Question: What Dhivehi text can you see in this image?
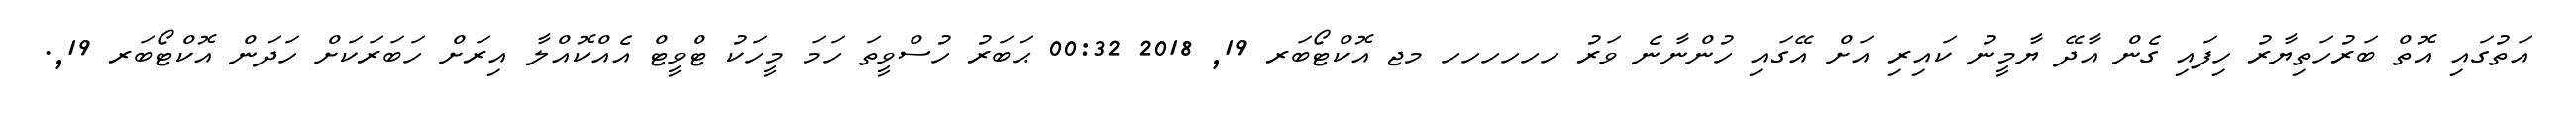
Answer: އަތުގައި އޮތް ބަރުހަތިޔާރު ހިފައި ގެން އާދޭ ޔާމީނު ކައިރި އަށް އޭގައި ހުންނާނެ ވަރު ހހހހހހ މޖ އޮކްޓޯބަރ 19, 2018 00:32 ޙަބަރު ހުސްވީތަ ހަމަ މީހަކު ޓްވީޓް އެއްކޮއްލާ އިރަށް ހަބަރަކަށް ހަދަން އޮކްޓޯބަރ 19,.